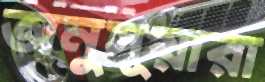
অনুসূয়ারা